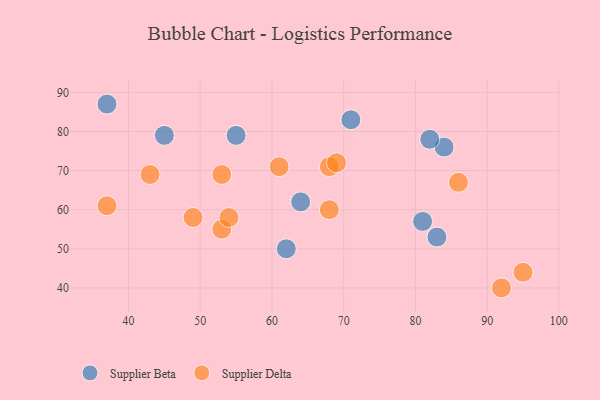
{"axis": {"x": "GDP", "y": "Life Expectancy"}, "legend": ["Supplier Beta", "Supplier Delta"], "data": [{"x": "71", "y": 83, "type": "Supplier Beta"}, {"x": "37", "y": 87, "type": "Supplier Beta"}, {"x": "84", "y": 76, "type": "Supplier Beta"}, {"x": "62", "y": 50, "type": "Supplier Beta"}, {"x": "83", "y": 53, "type": "Supplier Beta"}, {"x": "45", "y": 79, "type": "Supplier Beta"}, {"x": "64", "y": 62, "type": "Supplier Beta"}, {"x": "81", "y": 57, "type": "Supplier Beta"}, {"x": "55", "y": 79, "type": "Supplier Beta"}, {"x": "82", "y": 78, "type": "Supplier Beta"}, {"x": "61", "y": 71, "type": "Supplier Delta"}, {"x": "53", "y": 55, "type": "Supplier Delta"}, {"x": "54", "y": 58, "type": "Supplier Delta"}, {"x": "92", "y": 40, "type": "Supplier Delta"}, {"x": "68", "y": 71, "type": "Supplier Delta"}, {"x": "43", "y": 69, "type": "Supplier Delta"}, {"x": "95", "y": 44, "type": "Supplier Delta"}, {"x": "69", "y": 72, "type": "Supplier Delta"}, {"x": "86", "y": 67, "type": "Supplier Delta"}, {"x": "37", "y": 61, "type": "Supplier Delta"}, {"x": "68", "y": 60, "type": "Supplier Delta"}, {"x": "53", "y": 69, "type": "Supplier Delta"}, {"x": "49", "y": 58, "type": "Supplier Delta"}]}